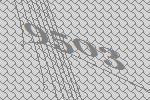
9503